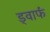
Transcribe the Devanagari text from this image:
ड्वार्फं